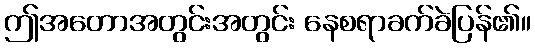
ဤအတောအတွင်းအတွင်း နေစရာခက်ခဲပြန်၏။